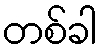
တစ်ခါ